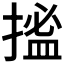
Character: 𢱮